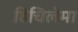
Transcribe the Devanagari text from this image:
हिचिलेमा